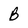
Character: B